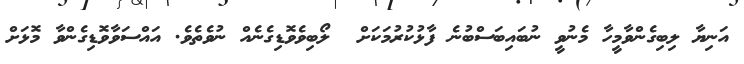
އަނިޔާ ލިބިގެންވާމީހާ މެނުވީ ނުބައިބަސްބުނެ ފާޅުކުރުމަކަށް  ލޯބިވެވޮޑިގެނެއް ނުވެތެވެ. އައްސަވާވޮޑިގެންވާ މޮޅަށް